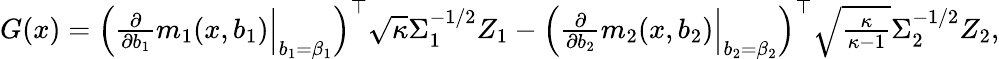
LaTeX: \begin{array}{r}{G(x)=\Big(\frac{\partial}{\partial b_{1}}m_{1}(x,b_{1})\Big|_{b_{1}=\beta_{1}}\Big)^{\top}\sqrt{\kappa}\Sigma_{1}^{-1/2}Z_{1}-\Big(\frac{\partial}{\partial b_{2}}m_{2}(x,b_{2})\Big|_{b_{2}=\beta_{2}}\Big)^{\top}\sqrt{\frac{\kappa}{\kappa-1}}\Sigma_{2}^{-1/2}Z_{2},}\end{array}